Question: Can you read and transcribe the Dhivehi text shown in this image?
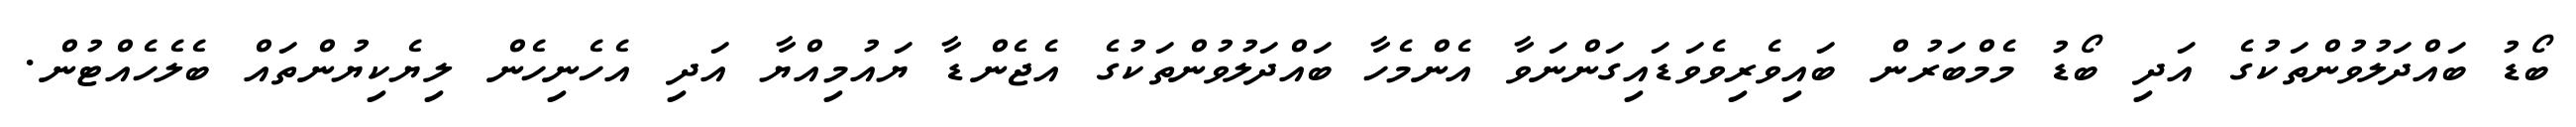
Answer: ބޯޑު ބައްދަލުވުންތަކުގެ އަދި ބޯޑު މެމްބަރުން ބައިވެރިވެވަޑައިގަންނަވާ އެންމެހާ ބައްދަލުވުންތަކުގެ އެޖެންޑާ ޔައުމިއްޔާ އަދި އެހެނިހެން ލިޔެކިޔުންތައް ބެލެހެއްޓުން.